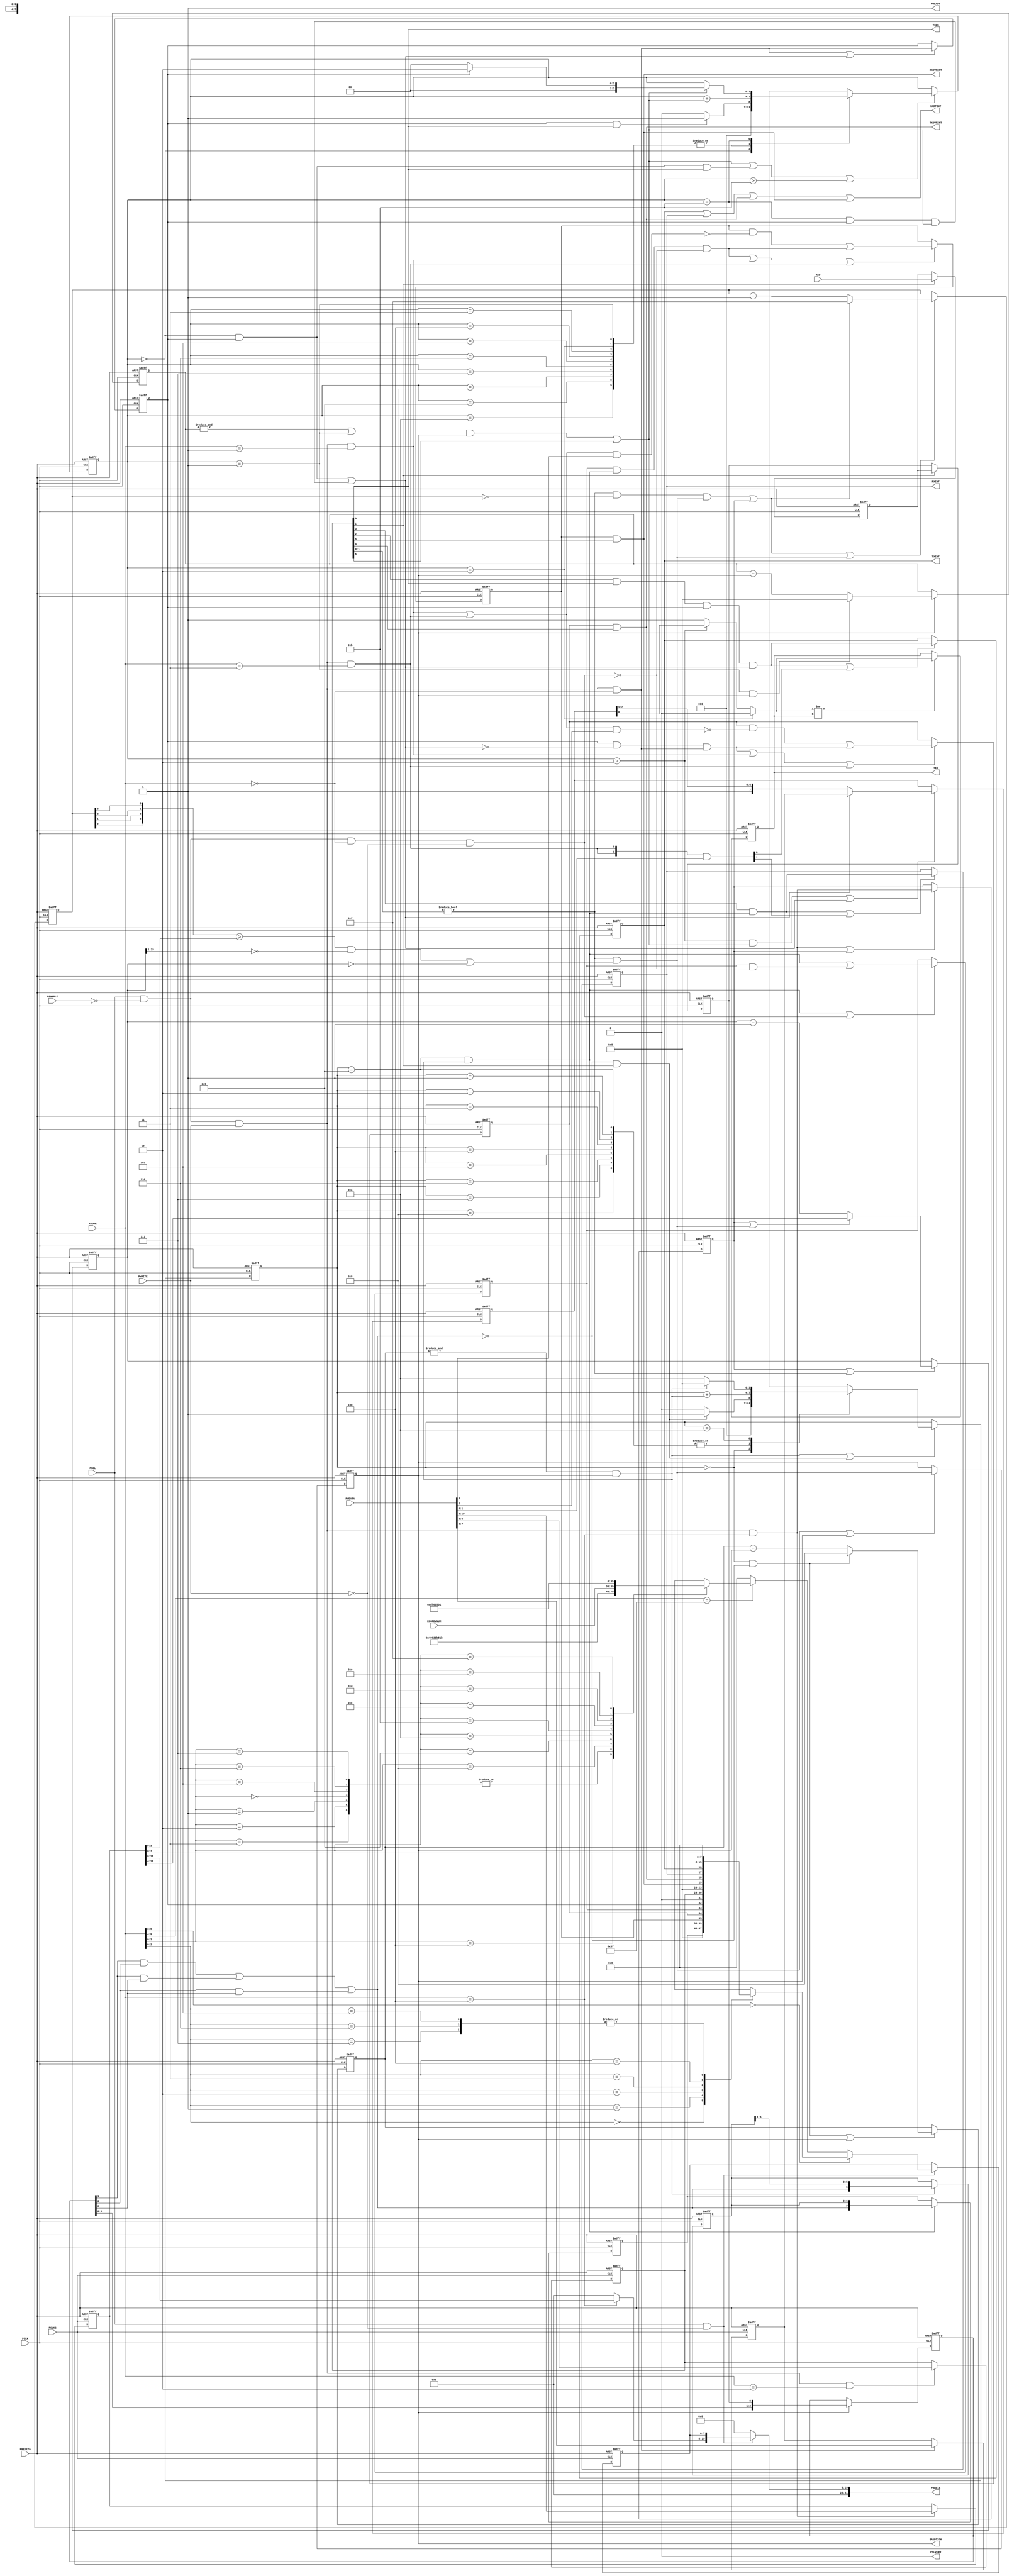
//------------------------------------------------------------------------------
// Abstract : Simple APB UART
//------------------------------------------------------------------------------
// Programmer's model
// 0x00 R     RXD[7:0]    Received Data
//      W     TXD[7:0]    Transmit data
// 0x04 RW    STAT[3:0]
//              [3] RX buffer overrun (write 1 to clear)
//              [2] TX buffer overrun (write 1 to clear)
//              [1] RX buffer full (Read only)
//              [0] TX buffer full (Read only)
// 0x08 RW    CTRL[3:0]   TxIntEn, RxIntEn, TxEn, RxEn
//              [6] High speed test mode Enable
//              [5] RX overrun interrupt enable
//              [4] TX overrun interrupt enable
//              [3] RX Interrupt Enable
//              [2] TX Interrupt Enable
//              [1] RX Enable
//              [0] TX Enable
// 0x0C R/Wc  intr_status/INTCLEAR
//              [3] RX overrun interrupt
//              [2] TX overrun interrupt
//              [1] RX interrupt
//              [0] TX interrupt
// 0x10 RW    BAUDDIV[19:0] Baud divider
//            (minimum value is 16)
// 0x3E0 - 0x3FC  ID registers
//-------------------------------------
module apb_uart (
    input  wire        PCLK,        // Clock
    input  wire        PCLKG,       // Gated Clock
    input  wire        PRESETn,     // Reset

    input  wire        PSEL,        // Device select
    input  wire [11:2] PADDR,       // Address
    input  wire        PENABLE,     // Transfer control
    input  wire        PWRITE,      // Write control
    input  wire [31:0] PWDATA,      // Write data

    input  wire [3:0]  ECOREVNUM,   // Engineering-change-order revision bits

    output wire [31:0] PRDATA,      // Read data
    output wire        PREADY,      // Device ready
    output wire        PSLVERR,     // Device error response

    input  wire        RXD,         // Serial input
    output wire        TXD,         // Transmit data output
    output wire        TXEN,        // Transmit enabled
    output wire        BAUDTICK,    // Baud rate (x16) Tick

    output wire        TXINT,       // Transmit Interrupt
    output wire        RXINT,       // Receive Interrupt
    output wire        TXOVRINT,    // Transmit overrun Interrupt
    output wire        RXOVRINT,    // Receive overrun Interrupt
    output wire        UARTINT      // Combined interrupt
);

// Local ID parameters, APB UART part number is 0x821
localparam  ARM_CMSDK_APB_UART_PID4 = 8'h04;
localparam  ARM_CMSDK_APB_UART_PID5 = 8'h00;
localparam  ARM_CMSDK_APB_UART_PID6 = 8'h00;
localparam  ARM_CMSDK_APB_UART_PID7 = 8'h00;
localparam  ARM_CMSDK_APB_UART_PID0 = 8'h21;
localparam  ARM_CMSDK_APB_UART_PID1 = 8'hB8;
localparam  ARM_CMSDK_APB_UART_PID2 = 8'h1B;
localparam  ARM_CMSDK_APB_UART_PID3 = 4'h0;
localparam  ARM_CMSDK_APB_UART_CID0 = 8'h0D;
localparam  ARM_CMSDK_APB_UART_CID1 = 8'hF0;
localparam  ARM_CMSDK_APB_UART_CID2 = 8'h05;
localparam  ARM_CMSDK_APB_UART_CID3 = 8'hB1;

// --------------------------------------------------------------------------
// Internal wires
// --------------------------------------------------------------------------
// Signals for read/write controls
wire          read_enable;
wire          write_enable;
wire          write_enable00; // Write enable for data register
wire          write_enable04; // Write enable for Status register
wire          write_enable08; // Write enable for control register
wire          write_enable0c; // Write enable for interrupt status register
wire          write_enable10; // Write enable for Baud rate divider
reg     [7:0] read_mux_byte0; // Read data multiplexer for lower 8-bit
reg     [7:0] read_mux_byte0_reg; // Register read data for lower 8-bit
wire   [31:0] read_mux_word;  // Read data multiplexer for whole 32-bit
wire    [3:0] pid3_value;     // constant value for lower 4-bit in peripherial ID3

// Signals for Control registers
reg     [6:0] reg_ctrl;       // Control register
reg     [7:0] reg_tx_buf;     // Transmit data buffer
reg     [7:0] reg_rx_buf;     // Receive data buffer
reg    [19:0] reg_baud_div;   // Baud rate setting

// Internal signals
// Baud rate divider
reg    [15:0] reg_baud_cntr_i; // baud rate divider counter i (integer)
wire   [15:0] nxt_baud_cntr_i;
reg     [3:0] reg_baud_cntr_f; // baud rate divider counter f (fraction)
wire    [3:0] nxt_baud_cntr_f;
wire    [3:0] mapped_cntr_f;   // remapped counter f value
reg           reg_baud_tick;   // Register baud rate tick (16 times of baud rate)
reg           baud_updated;    // baud rate value has bee updated from APB
wire          reload_i;        // baud rate divider counter i reload
wire          reload_f;        // baud rate divider counter f reload
wire          baud_div_en;     // enable baud rate counter

// Status
wire    [3:0] uart_status;     // UART status
reg           reg_rx_overrun;  // Receive overrun status register
wire          rx_overrun;      // Receive overrun detection
reg           reg_tx_overrun;  // Transmit overrun status register
wire          tx_overrun;      // Transmit overrun detection
wire          nxt_rx_overrun;  // next state for reg_rx_overrun
wire          nxt_tx_overrun;  // next state for reg_tx_overrun
// Interrupts
reg           reg_txintr;      // Transmit interrupt register
reg           reg_rxintr;      // Receive interrupt register
wire          tx_overflow_intr;// Transmit overrun/overflow interrupt
wire          rx_overflow_intr;// Receive overrun/overflow interrupt
wire    [3:0] intr_state;      // UART interrupt status
wire    [1:0] intr_stat_set;   // Set TX/RX interrupt
wire    [1:0] intr_stat_clear; // Clear TX/RX interrupt

// transmit
reg     [3:0] tx_state;    // Transmit FSM state
reg     [4:0] nxt_tx_state;
wire          tx_state_update;
wire          tx_state_inc; // Bit pulse
reg     [3:0] tx_tick_cnt;  // Transmit Tick counter
wire    [4:0] nxt_tx_tick_cnt;
reg     [7:0] tx_shift_buf;      // Transmit shift register
wire    [7:0] nxt_tx_shift_buf;  // next state    for tx_shift_buf
wire          tx_buf_ctrl_shift; // shift control for tx_shift_buf
wire          tx_buf_ctrl_load;  // load  control for tx_shift_buf
reg           tx_buf_full;  // TX Buffer full
reg           reg_txd;      // Tx Data
wire          nxt_txd;      // next state of reg_txd
wire          update_reg_txd; // update reg_txd
wire          tx_buf_clear; // Clear buffer full status when data is load into TX shift register

// Receive data sync and filter
reg           rxd_sync_1;  // Double flip-flop synchronizer
reg           rxd_sync_2;  // Double flip-flop synchronizer
reg     [2:0] rxd_lpf;     // Averaging Low Pass Filter
wire    [2:0] nxt_rxd_lpf;
wire          rx_shift_in; // Shift Register Input

// Receiver
reg     [3:0] rx_state;   // Receiver FSM state
reg     [4:0] nxt_rx_state;
wire          rx_state_update;
reg     [3:0] rx_tick_cnt; // Receiver Tick counter
wire    [4:0] nxt_rx_tick_cnt;
wire          update_rx_tick_cnt;
wire          rx_state_inc;// Bit pulse
reg     [6:0] rx_shift_buf;// Receiver shift data register
wire    [6:0] nxt_rx_shift_buf;
reg           rx_buf_full;  // Receive buffer full status
wire          nxt_rx_buf_full;
wire          rxbuf_sample; // Sample received data into receive data buffer
wire          rx_data_read; // Receive data buffer read by APB interface
wire    [7:0] nxt_rx_buf;

// Start of main code
// Read and write control signals
assign  read_enable  = PSEL & (~PWRITE); // assert for whole APB read transfer
assign  write_enable = PSEL & (~PENABLE) & PWRITE; // assert for 1st cycle of write transfer
assign  write_enable00 = write_enable & (PADDR[11:2] == 10'h000);
assign  write_enable04 = write_enable & (PADDR[11:2] == 10'h001);
assign  write_enable08 = write_enable & (PADDR[11:2] == 10'h002);
assign  write_enable0c = write_enable & (PADDR[11:2] == 10'h003);
assign  write_enable10 = write_enable & (PADDR[11:2] == 10'h004);

// Write operations
// Transmit data register
always @(posedge PCLKG or negedge PRESETn)
begin
  if (~PRESETn)
    reg_tx_buf <= {8{1'b0}};
  else if (write_enable00)
    reg_tx_buf <= PWDATA[7:0];
end

// Status register overrun registers
assign nxt_rx_overrun = (reg_rx_overrun & (~((write_enable04|write_enable0c) & PWDATA[3]))) | rx_overrun;
assign nxt_tx_overrun = (reg_tx_overrun & (~((write_enable04|write_enable0c) & PWDATA[2]))) | tx_overrun;

// RX OverRun status
always @(posedge PCLK or negedge PRESETn)
begin
  if (~PRESETn)
    reg_rx_overrun <= 1'b0;
  else if (rx_overrun | write_enable04 | write_enable0c)
    reg_rx_overrun <= nxt_rx_overrun;
end

// TX OverRun status
always @(posedge PCLK or negedge PRESETn)
begin
  if (~PRESETn)
    reg_tx_overrun <= 1'b0;
  else if (tx_overrun | write_enable04 | write_enable0c)
    reg_tx_overrun <= nxt_tx_overrun;
end

// Control register
always @(posedge PCLKG or negedge PRESETn)
begin
  if (~PRESETn)
    reg_ctrl <= {7{1'b0}};
  else if (write_enable08)
    reg_ctrl <= PWDATA[6:0];
end

// Baud rate divider - integer
always @(posedge PCLKG or negedge PRESETn)
begin
  if (~PRESETn)
    reg_baud_div <= {20{1'b0}};
  else if (write_enable10)
    reg_baud_div <= PWDATA[19:0];
end

// Read operation
assign uart_status = {reg_rx_overrun, reg_tx_overrun, rx_buf_full, tx_buf_full};

assign pid3_value  = ARM_CMSDK_APB_UART_PID3;

// First level of read mux
always @(PADDR or reg_rx_buf or uart_status or reg_ctrl or intr_state or reg_baud_div or ECOREVNUM or pid3_value)
begin
 if (PADDR[11:5] == 7'h00) begin
   case (PADDR[4:2])
   3'h0: read_mux_byte0 =  reg_rx_buf;
   3'h1: read_mux_byte0 =  {{4{1'b0}},uart_status};
   3'h2: read_mux_byte0 =  {{1{1'b0}},reg_ctrl};
   3'h3: read_mux_byte0 =  {{4{1'b0}},intr_state};
   3'h4: read_mux_byte0 =  reg_baud_div[7:0];
   3'h5, 3'h6, 3'h7: read_mux_byte0 =   {8{1'b0}};     //default read out value
   default:  read_mux_byte0 =   {8{1'bx}};// x propagation
   endcase
 end
 else if (PADDR[11:6] == 6'h3F) begin
   case  (PADDR[5:2])
     4'h0, 4'h1,4'h2,4'h3: read_mux_byte0 =   {8{1'b0}}; //default read out value
 // ID register - constant values
     4'h4: read_mux_byte0 = ARM_CMSDK_APB_UART_PID4; // 0xFD0 : PID 4
     4'h5: read_mux_byte0 = ARM_CMSDK_APB_UART_PID5; // 0xFD4 : PID 5
     4'h6: read_mux_byte0 = ARM_CMSDK_APB_UART_PID6; // 0xFD8 : PID 6
     4'h7: read_mux_byte0 = ARM_CMSDK_APB_UART_PID7; // 0xFDC : PID 7
     4'h8: read_mux_byte0 = ARM_CMSDK_APB_UART_PID0; // 0xFE0 : PID 0  APB UART part number[7:0]
     4'h9: read_mux_byte0 = ARM_CMSDK_APB_UART_PID1; // 0xFE0 : PID 1 [7:4] jep106_id_3_0. [3:0] part number [11:8]
     4'hA: read_mux_byte0 = ARM_CMSDK_APB_UART_PID2; // 0xFE0 : PID 2 [7:4] revision, [3] jedec_used. [2:0] jep106_id_6_4
     4'hB: read_mux_byte0 = {ECOREVNUM[3:0],pid3_value[3:0]};
                                                     // 0xFE0 : PID 3 [7:4] ECO revision, [3:0] modification number
     4'hC: read_mux_byte0 = ARM_CMSDK_APB_UART_CID0; // 0xFF0 : CID 0
     4'hD: read_mux_byte0 = ARM_CMSDK_APB_UART_CID1; // 0xFF4 : CID 1 PrimeCell class
     4'hE: read_mux_byte0 = ARM_CMSDK_APB_UART_CID2; // 0xFF8 : CID 2
     4'hF: read_mux_byte0 = ARM_CMSDK_APB_UART_CID3; // 0xFFC : CID 3
     default : read_mux_byte0 = {8{1'bx}}; // x propagation
    endcase
  end
  else begin
     read_mux_byte0 =   {8{1'b0}};     //default read out value
  end
end

// Register read data
always @(posedge PCLKG or negedge PRESETn)
begin
  if (~PRESETn)
    read_mux_byte0_reg      <= {8{1'b0}};
  else if (read_enable)
    read_mux_byte0_reg      <= read_mux_byte0;
end

// Second level of read mux
assign read_mux_word[ 7: 0] = read_mux_byte0_reg;
assign read_mux_word[19: 8] = (PADDR[11:2]==10'h004) ? reg_baud_div[19:8] : {12{1'b0}};
assign read_mux_word[31:20] = {12{1'b0}};


// Output read data to APB
assign PRDATA[31: 0] = (read_enable) ? read_mux_word : {32{1'b0}};
assign PREADY  = 1'b1; // Always ready
assign PSLVERR = 1'b0; // Always okay

//--------------------------------------------
// Baud rate generator
// Baud rate generator enable
assign baud_div_en    = (reg_ctrl[1:0] != 2'b00);
assign mapped_cntr_f  = {reg_baud_cntr_f[0],reg_baud_cntr_f[1],
                         reg_baud_cntr_f[2],reg_baud_cntr_f[3]};
// Reload Integer divider
// when UART enabled and (reg_baud_cntr_f < reg_baud_div[3:0])
// then count to 1, or
// when UART enabled then count to 0
assign reload_i      = (baud_div_en &
       (((mapped_cntr_f >= reg_baud_div[3:0]) &
       (reg_baud_cntr_i[15:1] == {15{1'b0}})) |
       (reg_baud_cntr_i[15:0] == {16{1'b0}})));

// Next state for Baud rate divider
assign nxt_baud_cntr_i = (baud_updated | reload_i) ? reg_baud_div[19:4] :
                         (reg_baud_cntr_i - 16'h0001);
// Update at reload or decrement
always @(posedge PCLK or negedge PRESETn)
begin
  if (~PRESETn)
    reg_baud_cntr_i   <= {16{1'b0}};
  else if (baud_updated | baud_div_en)
    reg_baud_cntr_i   <= nxt_baud_cntr_i;
end

// Reload fraction divider
assign reload_f      = baud_div_en & (reg_baud_cntr_f==4'h0) &
                      reload_i;
// Next state for fraction part of Baud rate divider
assign nxt_baud_cntr_f =
                      (reload_f|baud_updated) ? 4'hF :
                      (reg_baud_cntr_f - 4'h1);

// Update at reload or decrement
always @(posedge PCLK or negedge PRESETn)
begin
  if (~PRESETn)
    reg_baud_cntr_f   <= {4{1'b0}};
  else if (baud_updated | reload_f | reload_i)
    reg_baud_cntr_f   <= nxt_baud_cntr_f;
end

// Generate control signal to update baud rate counters
always @(posedge PCLK or negedge PRESETn)
begin
  if (~PRESETn)
    baud_updated    <= 1'b0;
  else if (write_enable10 | baud_updated)
    // Baud rate updated - to load new value to counters
    baud_updated    <= write_enable10;
end

// Generate Tick signal for external logic
always @(posedge PCLK or negedge PRESETn)
begin
  if (~PRESETn)
    reg_baud_tick    <= 1'b0;
  else if (reload_i | reg_baud_tick)
    reg_baud_tick    <= reload_i;
end

// Connect to external
assign BAUDTICK = reg_baud_tick;

// --------------------------------------------
// Transmit

// Buffer full status
always @(posedge PCLK or negedge PRESETn)
begin
  if (~PRESETn)
    tx_buf_full     <= 1'b0;
  else if (write_enable00 | tx_buf_clear)
    tx_buf_full     <= write_enable00;
end

// Increment TickCounter
assign nxt_tx_tick_cnt = ((tx_state==4'h1) & reg_baud_tick) ? {5{1'b0}} :
                      tx_tick_cnt + {{3{1'b0}},reg_baud_tick};

// Registering TickCounter
always @(posedge PCLK or negedge PRESETn)
begin
  if (~PRESETn)
    tx_tick_cnt     <= {4{1'b0}};
  else if (reg_baud_tick)
    tx_tick_cnt     <= nxt_tx_tick_cnt[3:0];
end

// Increment state (except Idle(0) and Wait for Tick(1))
assign tx_state_inc   = (((&tx_tick_cnt)|(tx_state==4'h1)) & reg_baud_tick)|reg_ctrl[6];
        // state increment every cycle of high speed test mode is enabled
// Clear buffer full status when data is load into shift register
assign tx_buf_clear   = ((tx_state==4'h0) & tx_buf_full) |
                      ((tx_state==4'hB) & tx_buf_full & tx_state_inc);

// tx_state machine
// 0 = Idle, 1 =  Wait for Tick,
// 2 = Start bit, 3 = D0 .... 10 = D7
// 11 = Stop bit
always @(tx_state or tx_buf_full or tx_state_inc or reg_ctrl)
begin
case (tx_state)
  0: begin
     nxt_tx_state = (tx_buf_full & reg_ctrl[0]) ? 5'h01 : 5'h00;  // New data is written to buffer
     end
  1,                         // State 1   : Wait for next Tick
  2,3,4,5,6,7,8,9,10: begin  // State 2-10: Start bit, D0 - D7
     nxt_tx_state = tx_state + {3'b000,tx_state_inc};
     end
  11: begin // Stop bit , goto next start bit or Idle
     nxt_tx_state = (tx_state_inc) ? ( tx_buf_full ? 5'h02:5'h00) : {1'b0, tx_state};
     end
  default:
     nxt_tx_state = {5{1'bx}};
endcase
end

assign tx_state_update = tx_state_inc | ((tx_state==4'h0) & tx_buf_full & reg_ctrl[0]) | (tx_state>4'd11);

// Registering outputs
always @(posedge PCLK or negedge PRESETn)
begin
  if (~PRESETn)
    tx_state        <= {4{1'b0}};
  else if (tx_state_update)
    tx_state        <= nxt_tx_state[3:0];
end

// Load/shift TX register
assign tx_buf_ctrl_load  = (((tx_state==4'h0) & tx_buf_full) |
                            ((tx_state==4'hB) & tx_buf_full & tx_state_inc));
assign tx_buf_ctrl_shift =  ((tx_state>4'h2) & tx_state_inc);

assign nxt_tx_shift_buf = tx_buf_ctrl_load ? reg_tx_buf : {1'b1,tx_shift_buf[7:1]};

// Registering TX shift register
always @(posedge PCLK or negedge PRESETn)
begin
  if (~PRESETn)
    tx_shift_buf    <= {8{1'b0}};
  else if (tx_buf_ctrl_shift | tx_buf_ctrl_load)
    tx_shift_buf    <= nxt_tx_shift_buf;
end

// Data output
assign nxt_txd = (tx_state==4'h2) ? 1'b0 :
                 (tx_state>4'h2) ? tx_shift_buf[0] : 1'b1;

assign update_reg_txd = (nxt_txd != reg_txd);

// Registering outputs
always @(posedge PCLK or negedge PRESETn)
begin
  if (~PRESETn)
    reg_txd         <= 1'b1;
  else if (update_reg_txd)
    reg_txd         <= nxt_txd;
end

// Generate TX overrun error status
assign tx_overrun = tx_buf_full & (~tx_buf_clear) & write_enable00;

// Connect to external
assign TXD  = reg_txd;
assign TXEN = reg_ctrl[0];

// --------------------------------------------
// Receive synchronizer and low pass filter

// Doubling Flip-flop synxt_rx_tick_cntnchroniser
always @(posedge PCLK or negedge PRESETn)
begin
  if (~PRESETn)
    begin
    rxd_sync_1 <= 1'b1;
    rxd_sync_2 <= 1'b1;
    end
  else if (reg_ctrl[1]) // Turn off synchronizer if receive is not enabled
    begin
    rxd_sync_1 <= RXD;
    rxd_sync_2 <= rxd_sync_1;
    end
end

// Averaging low pass filter
assign nxt_rxd_lpf = {rxd_lpf[1:0], rxd_sync_2};
// Registering stage for low pass filter
always @(posedge PCLK or negedge PRESETn)
begin
  if (~PRESETn)
    rxd_lpf <= 3'b111;
  else if (reg_baud_tick)
    rxd_lpf <= nxt_rxd_lpf;
end

// Averaging values
assign rx_shift_in = (rxd_lpf[1] & rxd_lpf[0]) |
                     (rxd_lpf[1] & rxd_lpf[2]) |
                     (rxd_lpf[0] & rxd_lpf[2]);

// --------------------------------------------
// Receive

// Increment TickCounter
assign nxt_rx_tick_cnt = ((rx_state==4'h0) & (~rx_shift_in)) ? 5'h08 :
                      rx_tick_cnt + {{3{1'b0}},reg_baud_tick};

assign update_rx_tick_cnt = ((rx_state==4'h0) & (~rx_shift_in)) | reg_baud_tick;

// Registering other register
always @(posedge PCLK or negedge PRESETn)
begin
  if (~PRESETn)
    rx_tick_cnt    <= {4{1'b0}};
  else if (update_rx_tick_cnt)
    rx_tick_cnt    <= nxt_rx_tick_cnt[3:0];
end

// Increment state
assign rx_state_inc   = ((&rx_tick_cnt) & reg_baud_tick);
// Buffer full status
assign nxt_rx_buf_full = rxbuf_sample | (rx_buf_full & (~rx_data_read));

// Sample shift register when D7 is sampled
assign rxbuf_sample  = ((rx_state==4'h9) & rx_state_inc);

// Reading receive buffer (Set at 1st cycle of APB transfer
// because read mux is registered before output)
assign rx_data_read   = (PSEL & (~PENABLE) & (PADDR[11:2]==10'h000) & (~PWRITE));
// Generate RX overrun error status
assign rx_overrun = rx_buf_full & rxbuf_sample & (~rx_data_read);

// rx_state machine
// 0 = Idle, 1 =  Start of Start bit detected
// 2 = Sample Start bit, 3 = D0 .... 10 = D7
// 11 = Stop bit
// 11, 12, 13, 14, 15: illegal/unused states
always @(rx_state or rx_shift_in or rx_state_inc or reg_ctrl)
begin
case (rx_state)
  0: begin
     nxt_rx_state = ((~rx_shift_in) & reg_ctrl[1]) ? 5'h01 : 5'h00;  // Wait for Start bit
     end
  1,                      // State 1  : Wait for middle of start bit
  2,3,4,5,6,7,8,9: begin  // State 2-9: D0 - D7
     nxt_rx_state = rx_state + {3'b000,rx_state_inc};
     end
  10: begin // Stop bit , goto back to Idle
     nxt_rx_state = (rx_state_inc) ? 5'h00 : 5'h0A;
     end
  default:
     nxt_rx_state = {5{1'bx}};
endcase
end

assign rx_state_update = rx_state_inc |  ((~rx_shift_in) & reg_ctrl[1]);

// Registering rx_state
always @(posedge PCLK or negedge PRESETn)
begin
  if (~PRESETn)
    rx_state       <= {4{1'b0}};
  else if (rx_state_update)
    rx_state       <= nxt_rx_state[3:0];
end

// Buffer full status
always @(posedge PCLK or negedge PRESETn)
begin
  if (~PRESETn)
    rx_buf_full     <= 1'b0;
  else if (rxbuf_sample | rx_data_read)
    rx_buf_full     <= nxt_rx_buf_full;
end

// Sample receive buffer
assign nxt_rx_buf     = {rx_shift_in, rx_shift_buf};
// Registering receive data buffer
always @(posedge PCLK or negedge PRESETn)
begin
  if (~PRESETn)
    reg_rx_buf      <= {8{1'b0}};
  else if  (rxbuf_sample)
    reg_rx_buf      <= nxt_rx_buf;
end

// Shift register
assign nxt_rx_shift_buf= {rx_shift_in, rx_shift_buf[6:1]};
// Registering shift buffer
always @(posedge PCLK or negedge PRESETn)
begin
  if (~PRESETn)
    rx_shift_buf    <= {7{1'b0}};
  else if (rx_state_inc)
    rx_shift_buf    <= nxt_rx_shift_buf;
end



// --------------------------------------------
// Interrupts
// Set by event
assign intr_stat_set[1] = reg_ctrl[3] & rxbuf_sample; // A new receive data is sampled
assign intr_stat_set[0] = reg_ctrl[2] & reg_ctrl[0] & tx_buf_full & tx_buf_clear;
                          // Falling edge of buffer full
// Clear by write to IntClear register
assign intr_stat_clear[1:0] = {2{write_enable0c}} & PWDATA[1:0];

// Registering outputs
always @(posedge PCLK or negedge PRESETn)
begin
  if (~PRESETn)
    reg_txintr    <= 1'b0;
  else if (intr_stat_set[0] | intr_stat_clear[0])
    reg_txintr    <= intr_stat_set[0];
end

always @(posedge PCLK or negedge PRESETn)
begin
  if (~PRESETn)
    reg_rxintr    <= 1'b0;
  else if (intr_stat_set[1] | intr_stat_clear[1])
    reg_rxintr    <= intr_stat_set[1];
end

assign rx_overflow_intr = reg_rx_overrun & reg_ctrl[5];
assign tx_overflow_intr = reg_tx_overrun & reg_ctrl[4];

// Interrupt status for read back
assign intr_state = {rx_overflow_intr, tx_overflow_intr, reg_rxintr, reg_txintr};

// Connect to external
assign TXINT    = reg_txintr;
assign RXINT    = reg_rxintr;
assign TXOVRINT = tx_overflow_intr;
assign RXOVRINT = rx_overflow_intr;
assign UARTINT  = reg_txintr | reg_rxintr | tx_overflow_intr | rx_overflow_intr;

endmodule